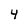
Character: 4